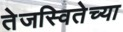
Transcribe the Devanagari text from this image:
तेजस्वितेच्या